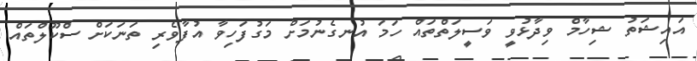
އައިޝަތު ޝިހާމް ވިދާޅުވީ ވަސީލަތްތައް ހަމަ އުނގެނުމަށް މަގުފަހިވާ އުފާވެރި ތަނަކަށް ސްކޫލްތައް